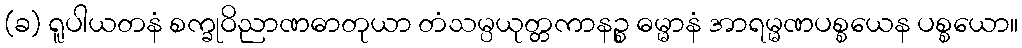
(ခ) ရူပါယတနံ စက္ခုဝိညာဏဓာတုယာ တံသမ္ပယုတ္တကာနဉ္စ ဓမ္မာနံ အာရမ္မဏပစ္စယေန ပစ္စယော။